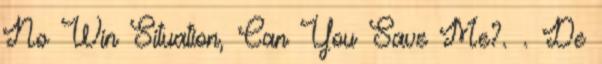
No Win Situation, Can You Save Me?. . De